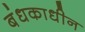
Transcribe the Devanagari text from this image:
बंधकाधीन